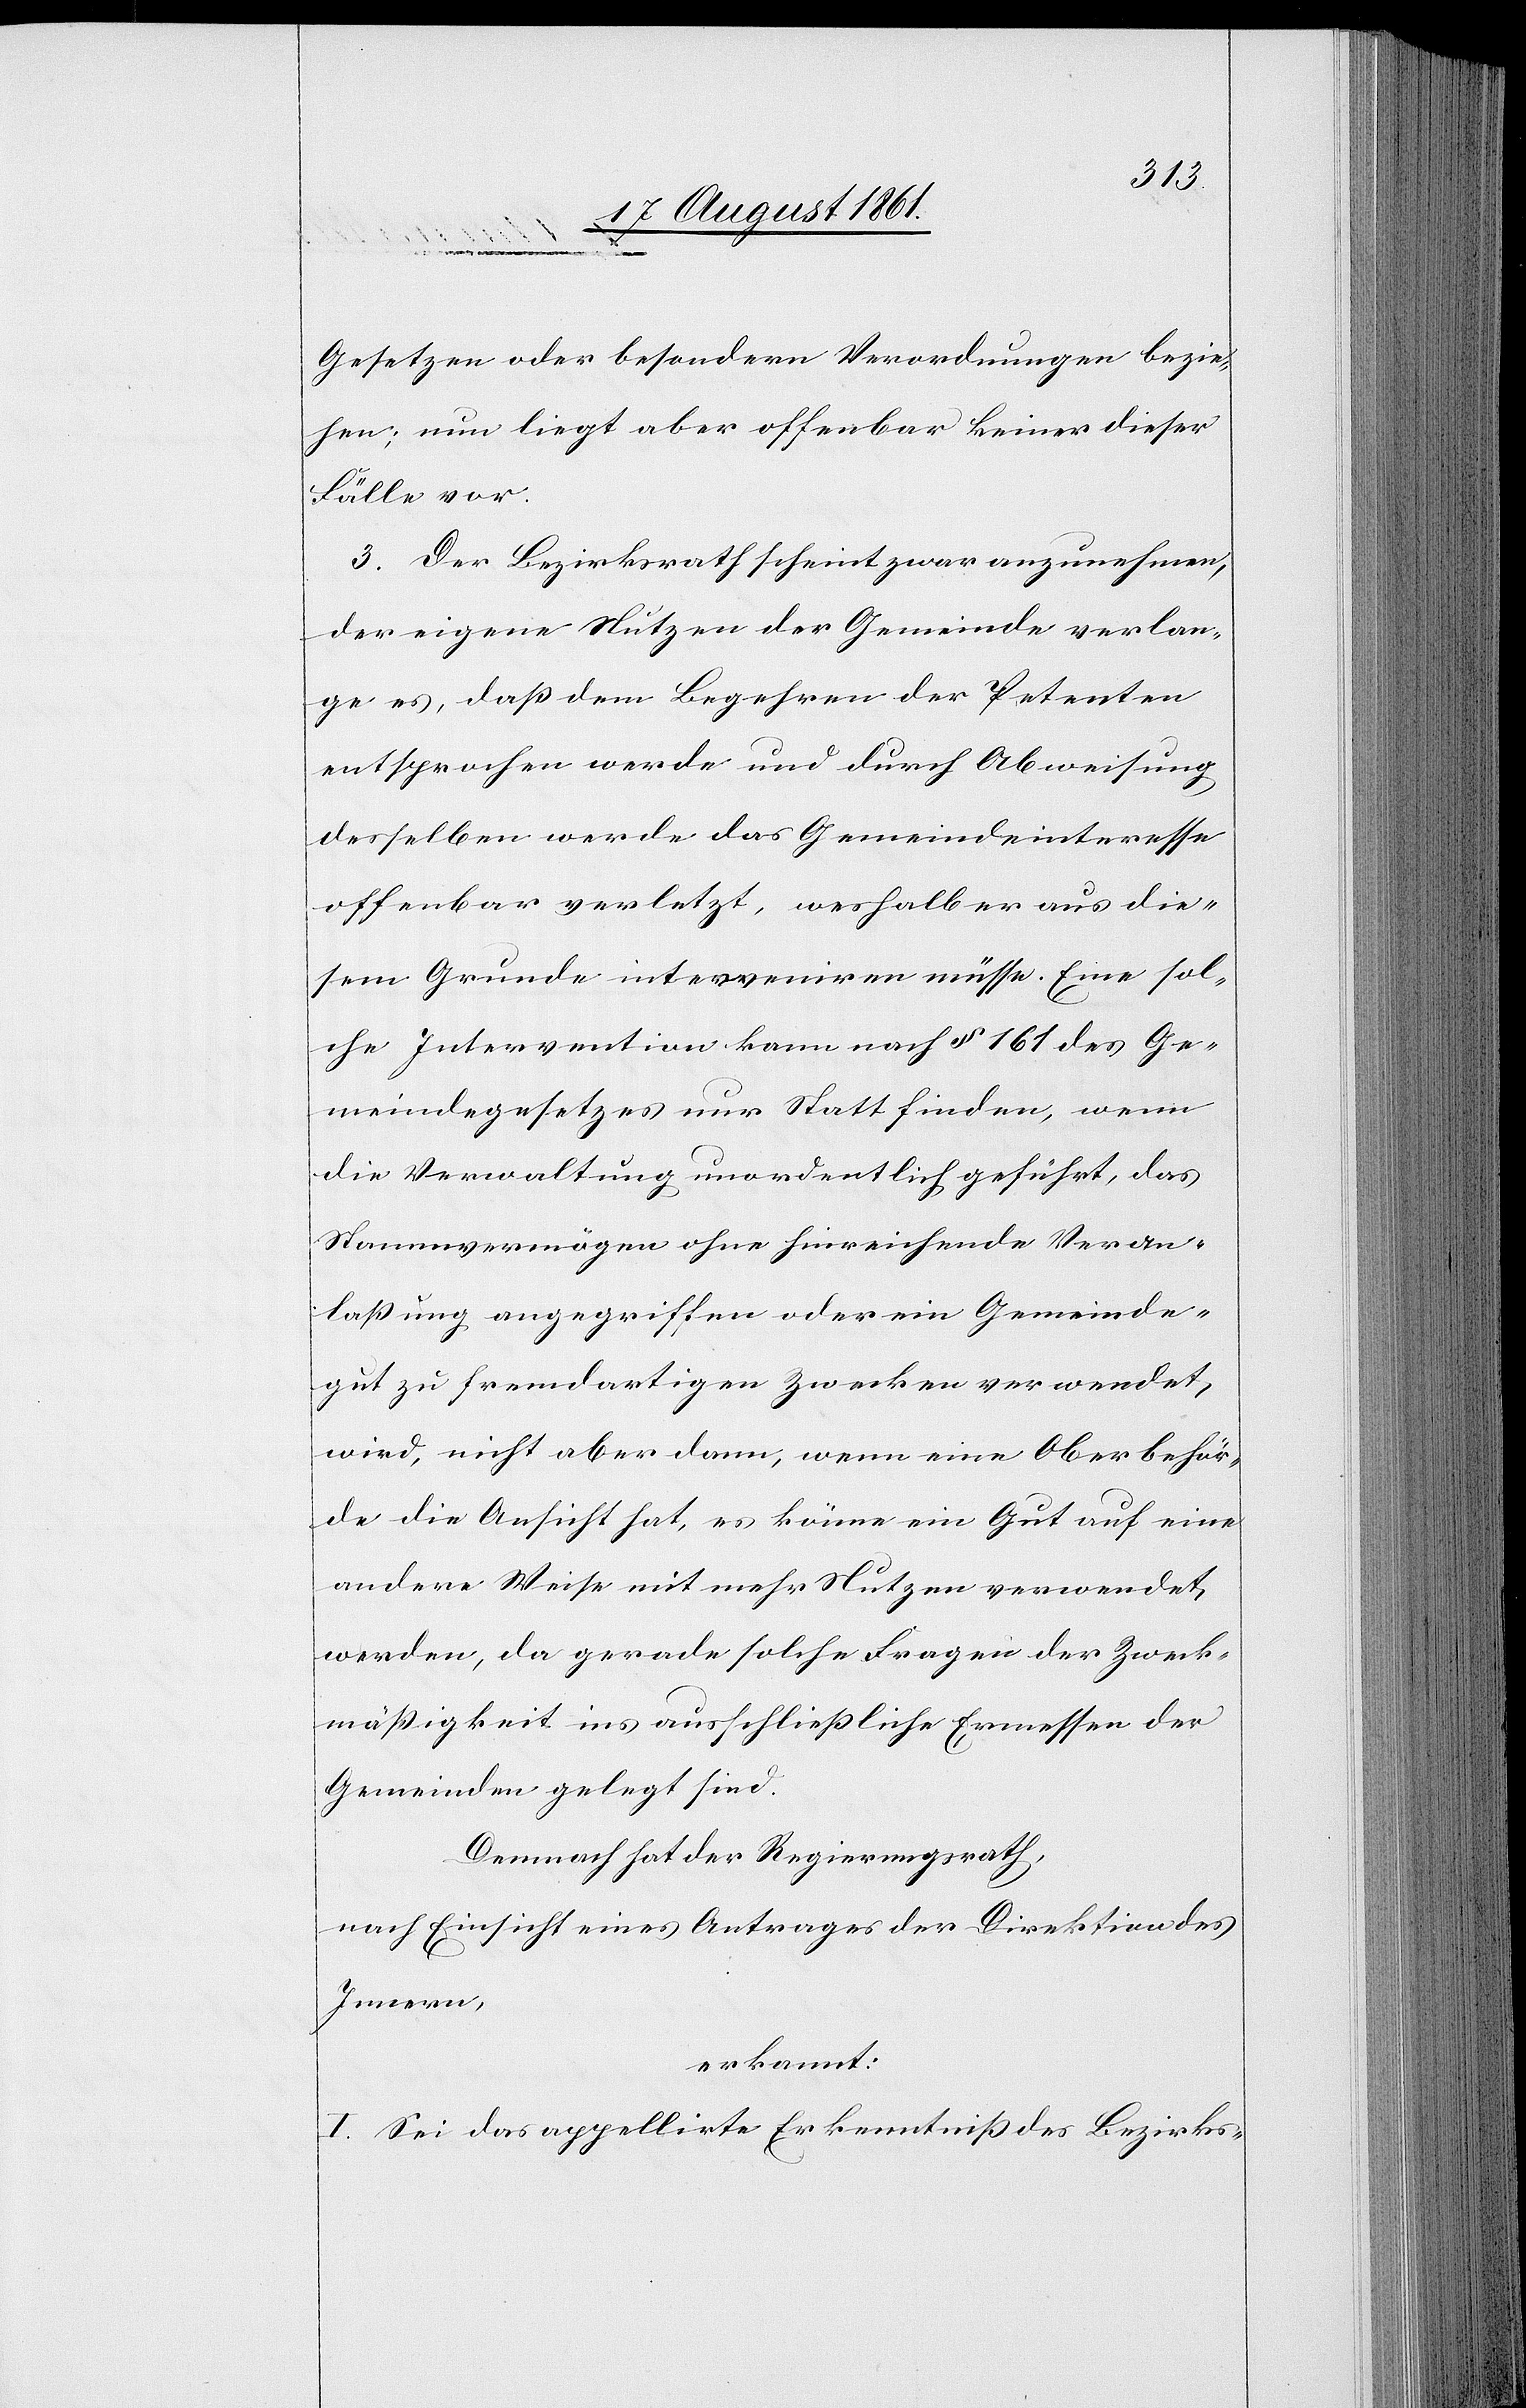
Gesetzen oder besondern Verordnungen bezie¬
hen; nun liegt aber offenbar keiner dieser
Fälle vor.
3. Der Bezirksrath scheint zwar anzunehmen,
der eigene Nutzen der Gemeinde verlan¬
ge es, daß dem Begehren der Petenten
entsprochen werde und durch Abweisung
desselben werde das Gemeindsinteresse
offenbar verletzt, weshalb er aus die¬
sem Grunde interveniren müsse. Eine sol¬
che Intervention kann nach § 161 des Ge¬
meindegesetzes nur Statt finden, wenn
die Verwaltung unordentlich geführt, das
Stammesvermögen ohne hinreichende Veran¬
laßung angegriffen oder ein Gemeind¬
gut zu fremdartigen Zwecken verwendet,
wird, nicht aber dann, wenn eine Oberbehör¬
de die Ansicht hat, es könne ein Gut auf eine
andere Weise mit mehr Nutzen verwendet
werden, da gerade solche Fragen der Zweck¬
mäßigkeit ins ausschließliche Ermessen der
Gemeinden gelegt sind.
Demnach hat der Regierungsrath,
nach Einsicht eines Antrages der Direktion des
Innern,
erkannt:
I. Sei das appellirte Erkenntniß des Bezirks-